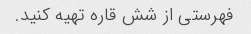
فهرستی از شش قاره تهیه کنید.